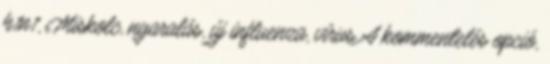
h1n1, Miskolc, nyaralás, új influenza, vírus A kommentelés opció,